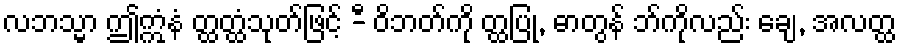
လဘသ္မာ ဤဣံနံ တ္ထတ္ထံသုတ်ဖြင့် -ီ ဝိဘတ်ကို တ္ထပြု, ဓာတွန် ဘ်ကိုလည်း ချေ, အလတ္ထ